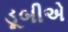
ડૂબીએ